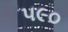
૫૯૦